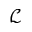
\mathcal { L }